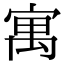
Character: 寓